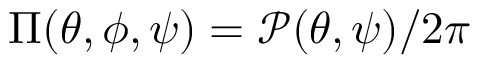
\Pi ( \theta , \phi , \psi ) = \mathcal { P } ( \theta , \psi ) / 2 \pi